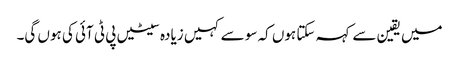
میں یقین سے کہہ سکتا ہوں کہ سو سے کہیں زیادہ سیٹیں پی ٹی آئی کی ہوں گی۔